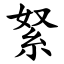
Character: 䋈